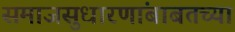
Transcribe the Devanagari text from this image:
समाजसुधारणांबाबतच्या